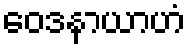
ဝေဒနာယာဟံ